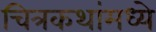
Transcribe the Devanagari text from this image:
चित्रकथांमध्ये